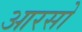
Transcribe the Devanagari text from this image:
आरसो